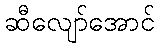
ဆီလျော်အောင်